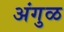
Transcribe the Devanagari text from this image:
अंगुळ